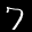
Label: 7